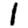
Digit: 1